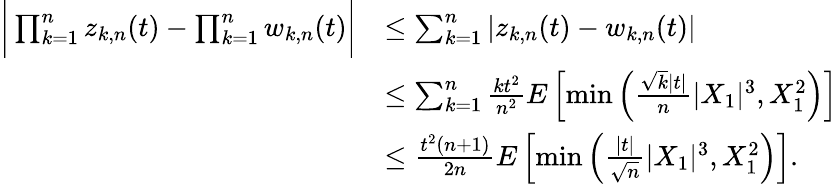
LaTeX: \begin{array}{rl}{\bigg|\prod_{k=1}^{n}z_{k,n}(t)-\prod_{k=1}^{n}w_{k,n}(t)\bigg|}&{\leq\sum_{k=1}^{n}|z_{k,n}(t)-w_{k,n}(t)|}\\ &{\leq\sum_{k=1}^{n}\frac{kt^{2}}{n^{2}}E\left[\operatorname*{min}\left(\frac{\sqrt{k}|t|}{n}|X_{1}|^{3},X_{1}^{2}\right)\right]}\\ &{\leq\frac{t^{2}(n+1)}{2n}E\left[\operatorname*{min}\left(\frac{|t|}{\sqrt{n}}|X_{1}|^{3},X_{1}^{2}\right)\right].}\end{array}